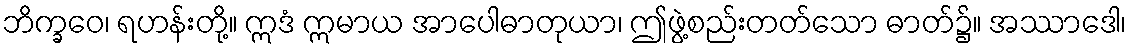
ဘိက္ခဝေ၊ ရဟန်းတို့။ ဣဒံ ဣမာယ အာပေါဓာတုယာ၊ ဤဖွဲ့စည်းတတ်သော ဓာတ်၌။ အဿာဒေါ၊